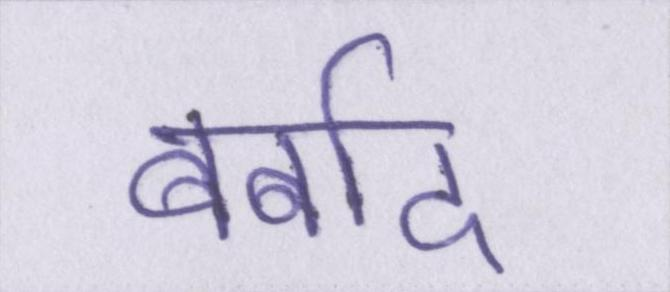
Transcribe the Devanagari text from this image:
बर्बाद